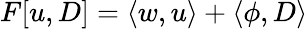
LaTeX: F[u,D]=\left\langle w,u\right\rangle+\left\langle\phi,D\right\rangle